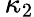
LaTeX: \, \kappa_{2}